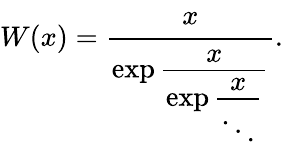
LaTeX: W(x)={\cfrac{x}{\exp{\cfrac{x}{\exp{\cfrac{x}{\ddots}}}}}}.